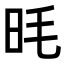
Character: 𪰌